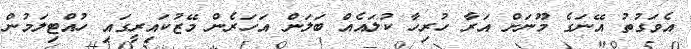
އެވަގުތު އޭނަގެ މޫނަށް އަރާ ހުރިހާ ކުލައެއް ބަލަން އަހަރެން މޭޒުކައިރީގައި ހުއްޓިލަމުން